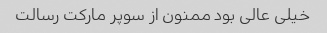
خیلی عالی بود ممنون از سوپر مارکت رسالت